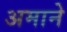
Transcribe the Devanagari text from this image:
अमाने